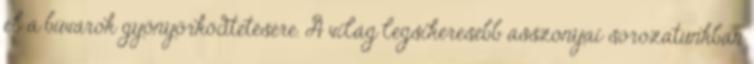
el a búvárok gyönyörködtetésére. A világ legsikeresebb asszonyai sorozatunkban